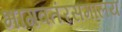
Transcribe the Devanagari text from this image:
भागवतंरसमालय